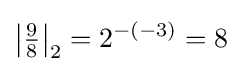
{\bigl |}{\tfrac {9}{8}}{\bigr |}_{2}=2^{-(-3)}=8